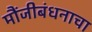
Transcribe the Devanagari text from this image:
मौंजीबंधनाचा